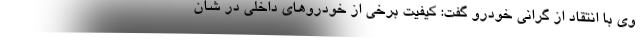
وی با انتقاد از گرانی خودرو گفت: کیفیت برخی از خودروهای داخلی در شان